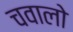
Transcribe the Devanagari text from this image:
चवालो